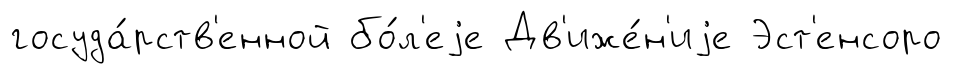
госуда́рств'енной бо́л'еjе Дв'иже́н'иjе Эст'енсоро